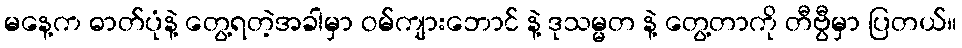
မနေ့က ဓာတ်ပုံနဲ့ တွေ့ရတဲ့အခါမှာ ဝမ်ကျားဘောင် နဲ့ ဒုသမ္မတ နဲ့ တွေ့တာကို တီဗွီမှာ ပြတယ်။